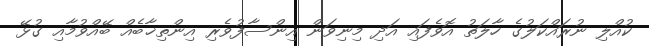
ކުއްލި ނުރައްކަލުގެ ހާލަތު އޮވެފައި އަދި މިނިވަން އިންސާފުވެރި އިންތިޚާބެއް ބޭއްވުމާއި ގުޅޭ